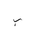
Letter: _ba